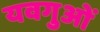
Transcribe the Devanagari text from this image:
यवगुओं